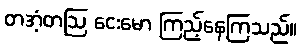
တအံ့တဩ ငေးမော ကြည့်နေကြသည်။